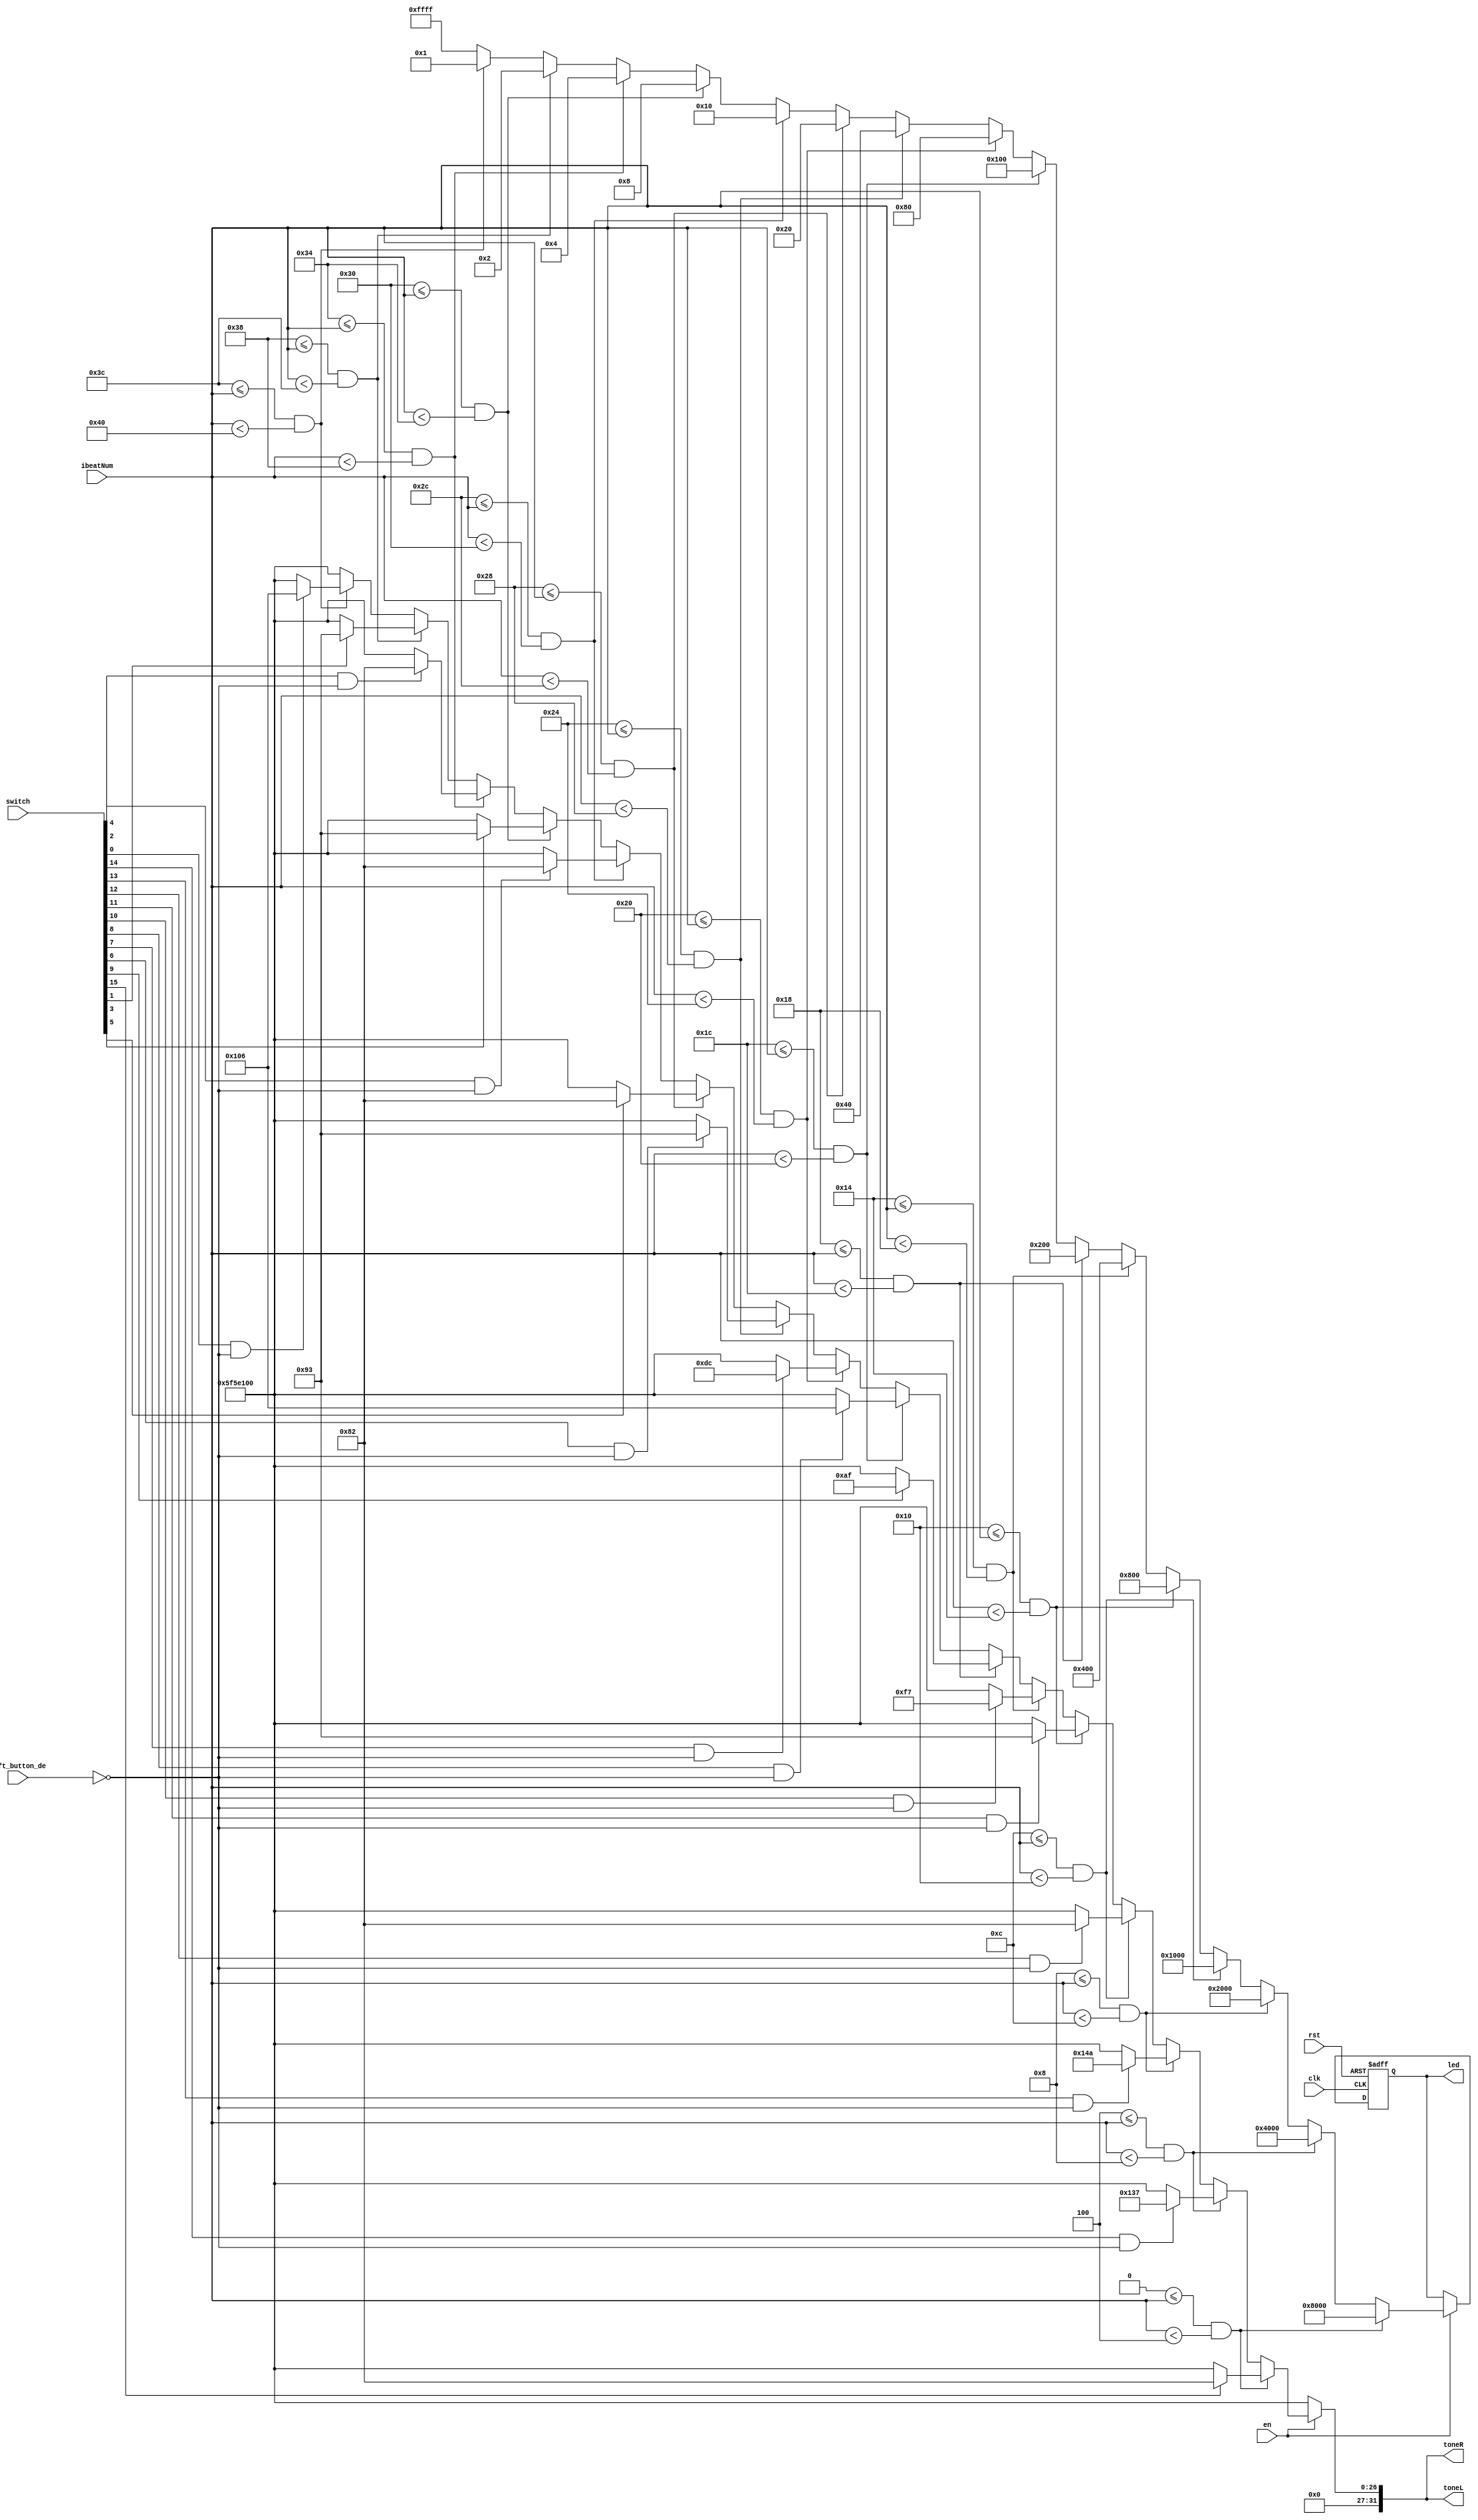
`define lc 32'd130  //C2
`define ld 32'd147
`define le 32'd165
`define lf 32'd175
`define lg 32'd196
`define la 32'd220
`define lb 32'd247
`define c  32'd262  // C3
`define d  32'd294
`define e  32'd330
`define f  32'd349
`define g  32'd392  // G3
`define a  32'd440
`define b  32'd494  // B3
`define hc 32'd524  // C4
`define hd 32'd588  // D4
`define he 32'd660  // E4
`define hf 32'd698  // F4
`define hg 32'd784  // G4
`define ha 32'd880
`define hb 32'd988
`define up_d 32'd311

`define sil   32'd1_0000_0000 // slience


module music_example (
    input clk,
    input rst,
	input [11:0] ibeatNum,
	input en,
    input [15:0] switch,
    input left_button_de,
	output reg [31:0] toneL,
    output reg [31:0] toneR,
    output reg [15:0] led
);
    reg [15:0] led_next;
    always @(posedge clk, posedge rst) begin
        if(rst) begin
            led <= 16'b1000_0000_0000_0000;
        end else begin
            led <= led_next;
        end
    end

    always @* begin
        toneR = `sil;
        led_next = led;
        if(en) begin   //play
            if(0<=ibeatNum && ibeatNum<4) begin
                if(switch[15]) begin
                    toneR = `lc;
                end
                led_next = 1<<15;
            end else if(4<=ibeatNum && ibeatNum<8) begin
                if(switch[14] && !left_button_de) begin
                    toneR = `up_d;
                end
                led_next = 1<<14;
            end else if(8<=ibeatNum && ibeatNum<12) begin
                if(switch[13] && !left_button_de) begin
                    toneR = `e;
                end
                led_next = 1<<13;
            end else if(12<=ibeatNum && ibeatNum<16) begin
                if(switch[12] && !left_button_de) begin
                    toneR = `lc;
                end
                led_next = 1<<12;
            end else if(16<=ibeatNum && ibeatNum<20) begin
                if(switch[11] && !left_button_de) begin
                    toneR = `ld;
                end
                led_next = 1<<11;
            end else if(20<=ibeatNum && ibeatNum<24) begin
                if(switch[10] && !left_button_de) begin
                    toneR = `lb;
                end
                led_next = 1<<10;
            end else if(24<=ibeatNum && ibeatNum<28) begin
                if(switch[9]) begin
                    toneR = `lf;
                end
                led_next = 1<<9;
            end else if(28<=ibeatNum && ibeatNum<32) begin
                if(switch[8] && !left_button_de) begin
                    toneR = `c;
                end
                led_next = 1<<8;
            end else if(32<=ibeatNum && ibeatNum<36) begin
                if(switch[7] && !left_button_de) begin
                    toneR = `la;
                end
                led_next = 1<<7;
            end else if(36<=ibeatNum && ibeatNum<40) begin
                if(switch[6] && !left_button_de) begin
                    toneR = `ld;
                end
                led_next = 1<<6;
            end else if(40<=ibeatNum && ibeatNum<44) begin
                if(switch[5]) begin
                    toneR = `lc;
                end
                led_next = 1<<5;
            end else if(44<=ibeatNum && ibeatNum<48) begin
                if(switch[4] && !left_button_de) begin
                    toneR = `lc;
                end
                led_next = 1<<4;
            end else if(48<=ibeatNum && ibeatNum<52) begin
                if(switch[3]) begin
                    toneR = `ld;
                end
                led_next = 1<<3;
            end else if(52<=ibeatNum && ibeatNum<56) begin
                if(switch[2] && !left_button_de) begin
                    toneR = `lc;
                end
                led_next = 1<<2;
            end else if(56<=ibeatNum && ibeatNum<60) begin
                if(switch[1]) begin
                    toneR = `ld;
                end
                led_next = 1<<1;
            end else if(60<=ibeatNum && ibeatNum<64) begin
                if(switch[0] && !left_button_de) begin
                    toneR = `c;
                end
                led_next = 1;
            end else begin
                led_next = 65535;
                toneR = `sil;
            end
        end
    end

    always @(*) begin
        toneL = toneR;
    end
endmodule